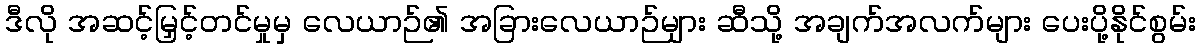
ဒီလို အဆင့်မြှင့်တင်မှုမှ လေယာဉ်၏ အခြားလေယာဉ်များ ဆီသို့ အချက်အလက်များ ပေးပို့နိုင်စွမ်း